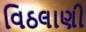
વિઠલાણી